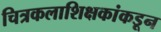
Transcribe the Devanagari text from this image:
चित्रकलाशिक्षकांकडून